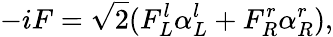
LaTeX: -iF=\sqrt{2}(F_{L}^{l}\alpha_{L}^{l}+F_{R}^{r}\alpha_{R}^{r}),